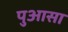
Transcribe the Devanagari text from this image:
पुआसा